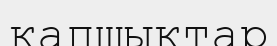
қапшықтар